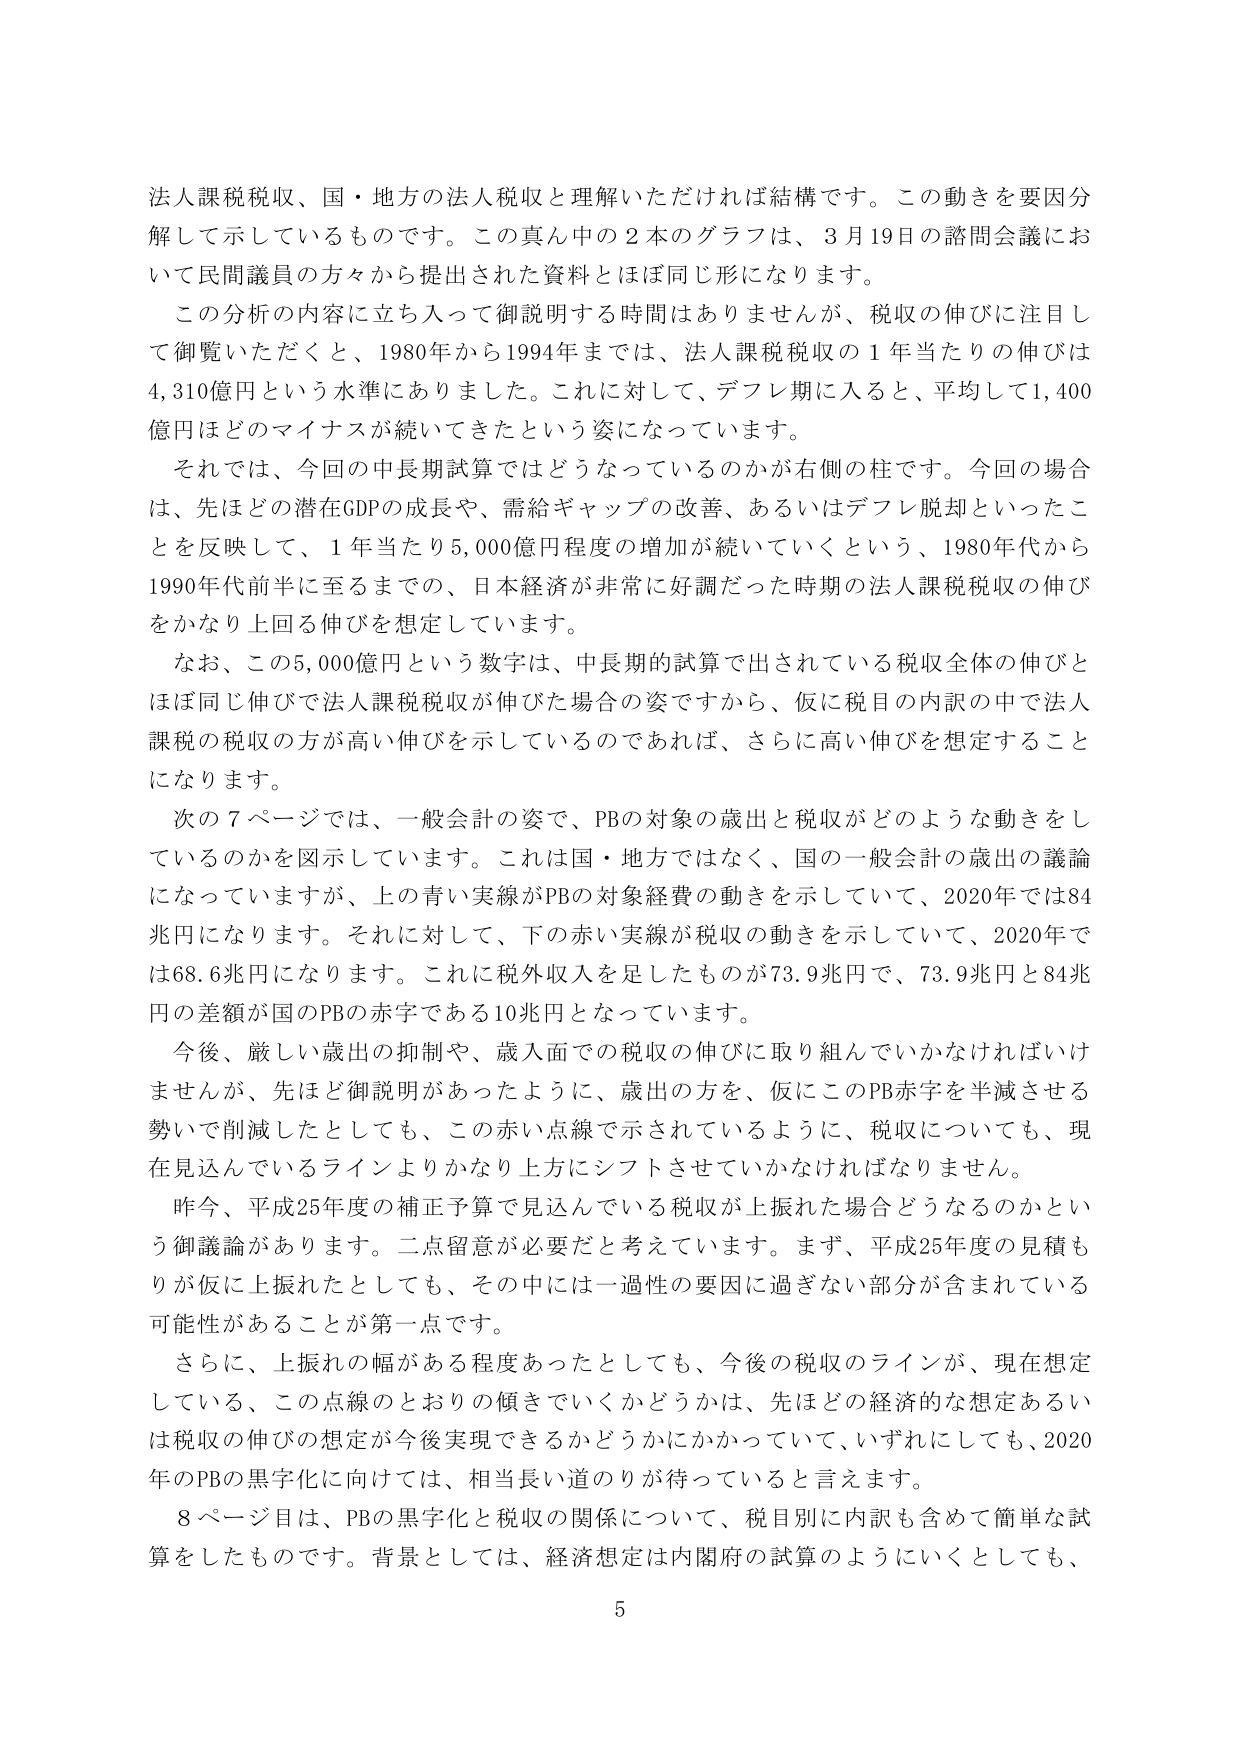
法人課税税収、国・地方の法人税収と理解いただければ結構です。この動きを要因分解して示しているものです。この真ん中の２本のグラフは、３月19日の諮問会議において民間議員の方々から提出された資料とほぼ同じ形になります。

この分析の内容に立ち入って御説明する時間はありませんが、税収の伸びに注目して御覧いただくと、1980年から1994年までは、法人課税税収の１年当たりの伸びは4,310億円という水準にありました。これに対して、デフレ期に入ると、平均して1,400億円ほどのマイナスが続いてきたという姿になっています。

それでは、今回の中長期試算ではどうなっているのかが右側の柱です。今回の場合、先ほどの潜在GDPの成長や、需給ギャップの改善、あるいはデフレ脱却といったことを反映して、１年当たり5,000億円程度の増加が続いていくという、1980年代から1990年代前半に至るまでの、日本経済が非常に好調だった時期の法人課税税収の伸びをかなり上回る伸びを想定しています。

なお、この5,000億円という数字は、中長期的試算で出されている税収全体の伸びとほぼ同じ伸びで法人課税税収が伸びた場合の姿ですから、仮に税目の内訳の中で法人課税の税収の方が高い伸びを示しているのであれば、さらに高い伸びを想定することになります。

次の７ページでは、一般会計の姿で、PBの対象の歳出と税収がどのような動きをしているのかを図示しています。これは国・地方ではなく、国の一般会計の歳出の議論になっていますが、上の青い実線がPBの対象経費の動きを示していて、2020年では84兆円になります。それに対して、下の赤い実線が税収の動きを示していて、2020年では68.6兆円になります。これに税外収入を足したものが73.9兆円で、73.9兆円と84兆円の差額が国のPBの赤字である10兆円となっています。

今後、厳しい歳出の抑制や、歳入面での税収の伸びに取り組んでいかなければいけませんが、先ほど御説明があったように、歳出の方を、仮にこのPB赤字を半減させる勢いで削減したとしても、この赤い点線で示されているように、税収についても、現在見込んでいるラインよりかなり上方にシフトさせていかなければなりません。

昨今、平成25年度の補正予算で見込んでいる税収が上振れた場合どうなるのかという御議論があります。二点留意が必要だと考えています。まず、平成25年度の見積もりが仮に上振れたとしても、その中には一過性の要因に過ぎない部分が含まれている可能性があることが第一点です。

さらに、上振れの幅がある程度あったとしても、今後の税収のラインが、現在想定している、この点線のとおりの傾きでいくかどうかは、先ほどの経済的な想定あるいは税収の伸びの想定が今後実現できるかどうかにかかっていて、いずれにしても、2020年のPBの黒字化に向けては、相当長い道のりが待っていると言えます。

８ページ目は、PBの黒字化と税収の関係について、税目別に内訳も含めて簡単な試算をしたものです。背景としては、経済想定は内閣府の試算のように行くとしても、

5